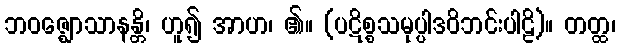
ဘဝဇ္ဈောသာနန္တိ၊ ဟူ၍ အာဟ၊ ၏။ (ပဋိစ္စသမုပ္ပါဒဝိဘင်းပါဠိ)။ တတ္ထ၊